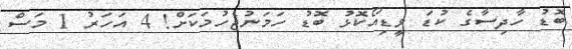
ބޮޑު ހާދިސާގެ ކުޑަ ވީޑިއޯކޮޅު ބޮޑު ހަމަނުޖެހުމަކަށް! 4 އަހަރު 1 މަސް